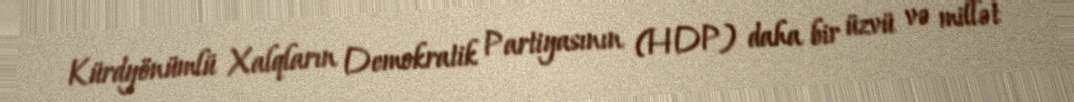
Kürdyönümlü Xalqların Demokratik Partiyasının (HDP) daha bir üzvü və millət